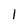
Character: 1